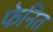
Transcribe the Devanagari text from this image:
फेनित